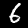
Label: 6